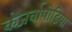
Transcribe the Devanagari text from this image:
कंजर्वापीडिया